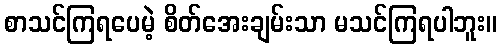
စာသင်ကြရပေမဲ့ စိတ်အေးချမ်းသာ မသင်ကြရပါဘူး။